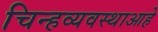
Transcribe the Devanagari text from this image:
चिन्हव्यवस्थाआहे